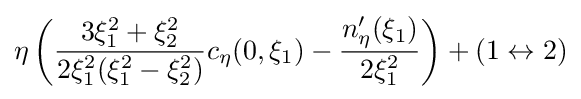
\eta \left({\frac {3\xi _{1}^{2}+\xi _{2}^{2}}{2\xi _{1}^{2}(\xi _{1}^{2}-\xi _{2}^{2})}}c_{\eta }(0,\xi _{1})-{\frac {n_{\eta }^{\prime }(\xi _{1})}{2\xi _{1}^{2}}}\right)+(1\leftrightarrow 2)